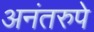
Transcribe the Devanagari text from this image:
अनंतरुपे